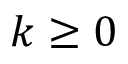
k \geq 0